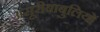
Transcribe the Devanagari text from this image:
असूरीबाबुलियों